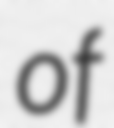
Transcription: of